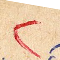
3